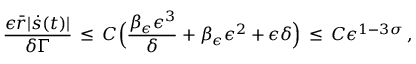
\frac { \epsilon \bar { r } | \dot { s } ( t ) | } { \delta \Gamma } \, \le \, C \Bigl ( \frac { \beta _ { \epsilon } \epsilon ^ { 3 } } { \delta } + \beta _ { \epsilon } \epsilon ^ { 2 } + \epsilon \delta \Bigr ) \, \le \, C \epsilon ^ { 1 - 3 \sigma } \, ,